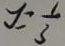
y = \frac { 1 } { 3 }